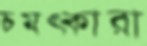
চমত্কারা